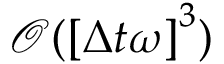
\mathcal { O } ( \left[ \Delta t { } \omega _ { } \right] ^ { 3 } )